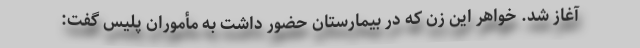
آغاز شد. خواهر این زن که در بیمارستان حضور داشت به مأموران پلیس گفت: